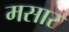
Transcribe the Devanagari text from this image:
मसार